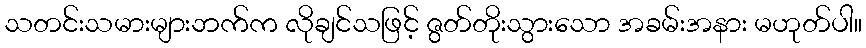
သတင်းသမားများဘက်က လိုချင်သဖြင့် ဇွတ်တိုးသွားသော အခမ်းအနား မဟုတ်ပါ။